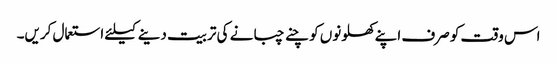
اس وقت کو صرف اپنے کھلونوں کو چنے چبانے کی تربیت دینے کیلئے استعمال کریں۔